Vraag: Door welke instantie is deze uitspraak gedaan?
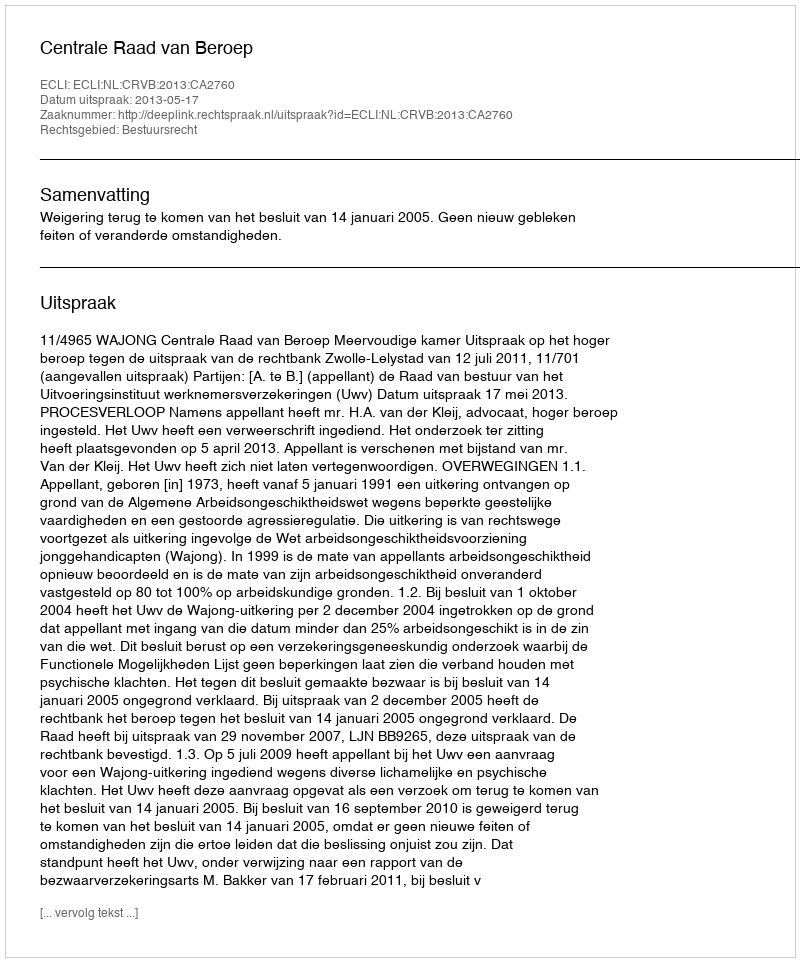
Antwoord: Centrale Raad van Beroep